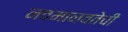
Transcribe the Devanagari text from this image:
नवमानवतेची